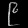
Digit: ၉